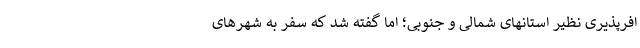
افرپذیری نظیر استانهای شمالی و جنوبی؛ اما گفته شد که سفر به شهرهای